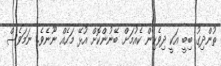
ތުންދިގު ބިބީ އަކީ ދިވެހިން ކެއުމަށް ބޭނުންކޮށް އުޅޭ މަހެއް ނޫނެވެ. ނަމަވެސް